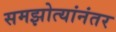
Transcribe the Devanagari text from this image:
समझोत्यांनंतर